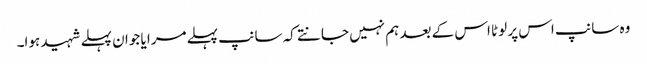
وہ سانپ اس پر لوٹا اس کے بعد ہم نہیں جانتے کہ سانپ پہلے مرا یا جوان پہلے شہید ہوا۔